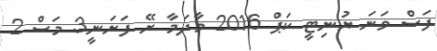
ފަސް ވަނަ ޔުނިޓީ ކަޕް 2016 މާދަމާ ރޭ ފަށަނީ3 މަސް 2